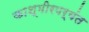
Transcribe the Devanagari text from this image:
काश्मीरपर्यंत